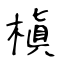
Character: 槇